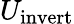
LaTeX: U_{\mathrm{invert}}